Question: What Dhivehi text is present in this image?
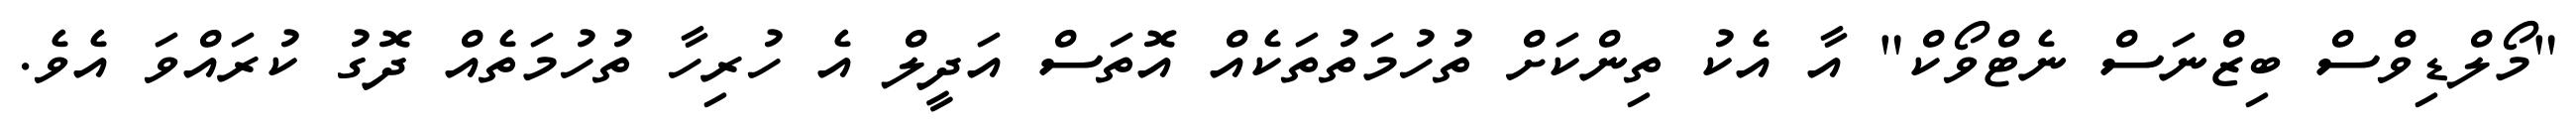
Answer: "މޯލްޑިވްސް ބިޒްނަސް ނެޓްވޯކް" އާ އެކު ތިންކަށް ތުހުމަތުތަކެއް އޮތަސް އަދީލް އެ ހުރިހާ ތުހުމަތެއް ދޮގު ކުރައްވަ އެވެ.